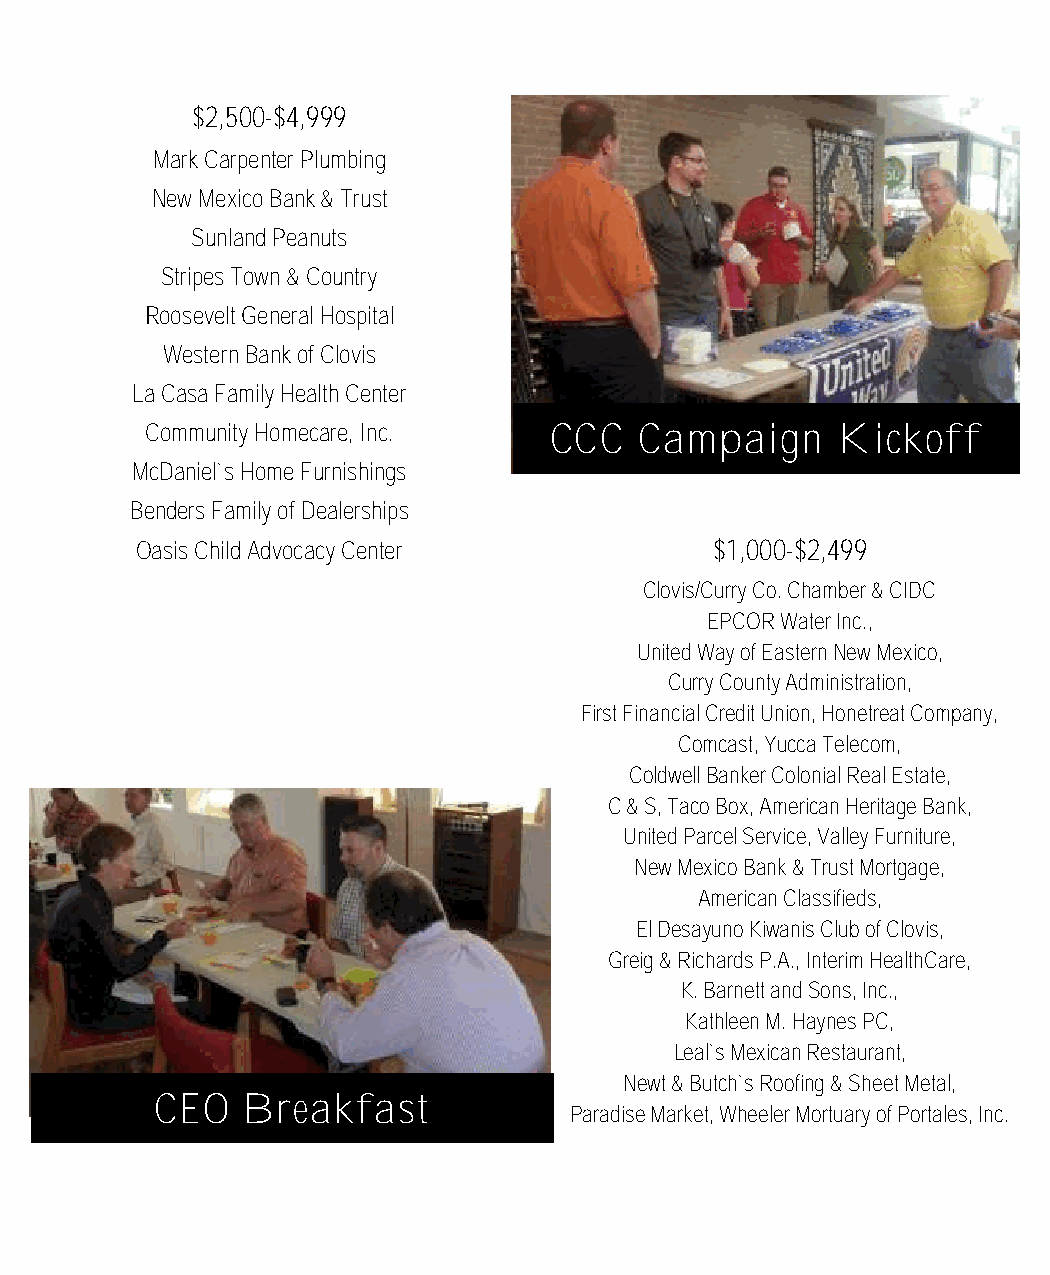
in Workplace Giving
 $2,500-$4,999
 Mark Carpenter Plumbing
 New Mexico Bank & Trust
 Sunland Peanuts
 Stripes Town & Country
 Roosevelt General Hospital
 Western Bank of Clovis
 La Casa Family Health Center
 Community Homecare, Inc.  CCC   Campaign     Kickoff
 McDaniel`s Home Furnishings
 Benders Family of Dealerships
 Oasis Child Advocacy Center           $1,000-$2,499
 Clovis/Curry Co. Chamber & CIDC
 EPCOR Water Inc.,
 United Way of Eastern New Mexico,
 Curry County Administration,
 First Financial Credit Union, Honetreat Company,
 Comcast, Yucca Telecom,
 Coldwell Banker Colonial Real Estate,
 C & S, Taco Box, American Heritage Bank,
 United Parcel Service, Valley Furniture,
 New Mexico Bank & Trust Mortgage,
 American Classifieds,
 El Desayuno Kiwanis Club of Clovis,
 Greig & Richards P.A., Interim HealthCare,
 K. Barnett and Sons, Inc.,
 Kathleen M. Haynes PC,
 Leal`s Mexican Restaurant,
 Newt & Butch`s Roofing & Sheet Metal,
 CEO   Breakfast
 Paradise Market, Wheeler Mortuary of Portales, Inc.